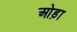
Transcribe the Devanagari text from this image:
ओड़ा